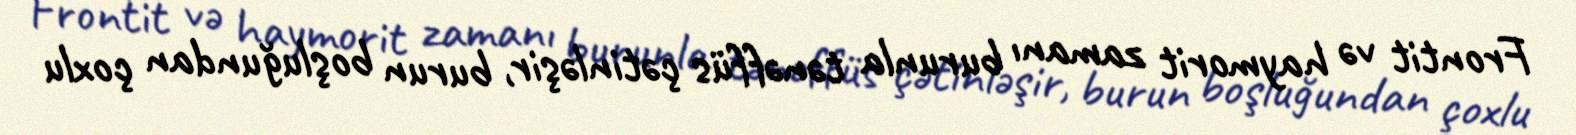
Frontit və haymorit zamanı burunla tənəffüs çətinləşir, burun boşluğundan çoxlu